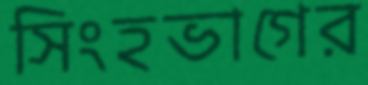
সিংহভাগের